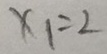
x _ { 1 } = 2